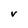
Character: V